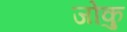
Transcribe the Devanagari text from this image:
जोकु